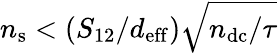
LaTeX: n_{\mathrm{s}}<\left(S_{12}/d_{\mathrm{eff}}\right)\sqrt{n_{\mathrm{dc}}/\tau}